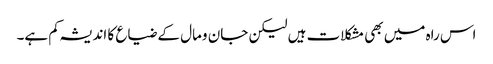
اس راہ میں بھی مشکلات ہیں لیکن جان ومال کے ضیاع کا اندیشہ کم ہے۔